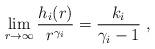
LaTeX: \begin{align*}\lim\limits_{r \to \infty} \frac{h_i(r)}{r^{\gamma_i}} = \frac{k_i}{\gamma_i -1} \ ,\end{align*}